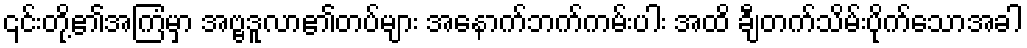
၎င်းတို့၏အကြံမှာ အဗ္ဗဒူလာ၏တပ်များ အနောက်ဘက်ကမ်းပါး အထိ ချီတက်သိမ်းပိုက်သောအခါ